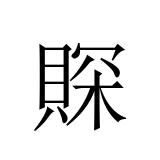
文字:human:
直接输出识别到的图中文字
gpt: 賝